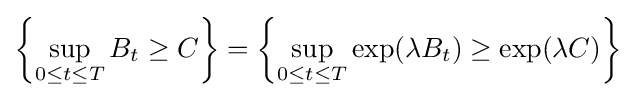
\left\{\sup _{0\leq t\leq T}B_{t}\geq C\right\}=\left\{\sup _{0\leq t\leq T}\exp(\lambda B_{t})\geq \exp(\lambda C)\right\}